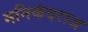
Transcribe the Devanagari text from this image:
मनिकंदराज